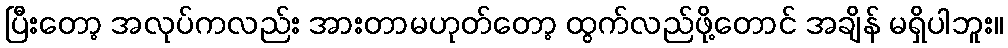
ပြီးတော့ အလုပ်ကလည်း အားတာမဟုတ်တော့ ထွက်လည်ဖို့တောင် အချိန် မရှိပါဘူး။